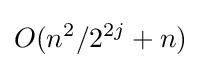
O(n^{2}/2^{2j}+n)